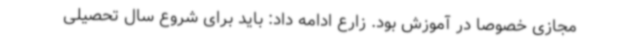
مجازی خصوصا در آموزش بود. زارع ادامه داد: باید برای شروع سال تحصیلی